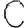
Digit: 0